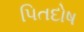
પિતદોષ